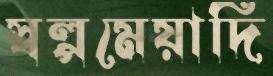
স্বল্পমেয়াদি